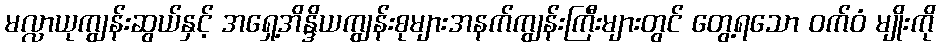
မလ္လာယုကျွန်းဆွယ်နှင့် အရှေ့အိန္ဒိယကျွန်းစုများအနက်ကျွန်းကြီးများတွင် တွေ့ရသော ဝက်ဝံ မျိုးကို